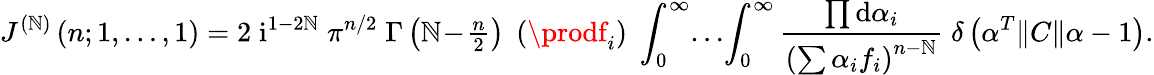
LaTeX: J^{(\mathbb{N})}\left(n;1,\ldots,1\right)=2\; \mathrm{{i}}^{1-2\mathbb{N}}\; \pi^{n/2}\; \Gamma\left(\mathbb{N}\! -\! {\textstyle{\frac{{n}}{{2}}}}\right)\; \left(\prodf_{i}\right)\; \int_{0}^{\infty}\! \ldots\! \int_{0}^{\infty}\frac{{\prod\mathrm{{d}}\alpha_{i}}}{{\left(\sum\alpha_{i}f_{i}\right)^{n-\mathbb{N}}}}\; \delta\left(\alpha^{T}\| C\| \alpha-1\right).